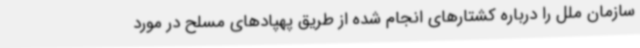
سازمان ملل را درباره کشتارهای انجام شده از طریق پهپادهای مسلح در مورد